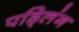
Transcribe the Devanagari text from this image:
पड्लिंग